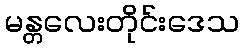
မန္တလေးတိုင်းဒေသ